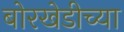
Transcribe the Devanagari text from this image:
बोरखेडीच्या